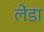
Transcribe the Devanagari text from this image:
लेंडा